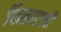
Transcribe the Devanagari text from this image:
फिलाटली